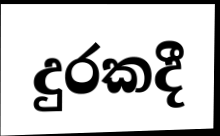
දුරකදී